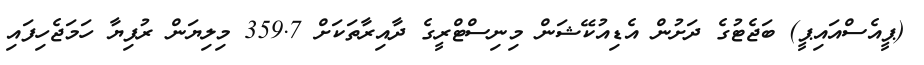
(ޕީއެސްއައިޕީ) ބަޖެޓުގެ ދަށުން އެޑިއުކޭޝަން މިނިސްޓްރީގެ ދާއިރާތަކަށް 359.7 މިލިޔަން ރުފިޔާ ހަމަޖެހިފައި